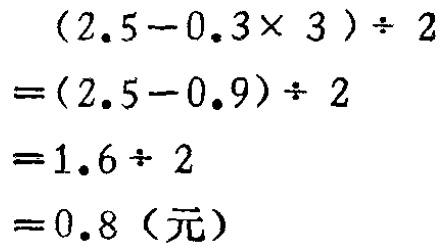
\[
\begin{align*}
&(2.5 - 0.3\times3)\div2\\
=&(2.5 - 0.9)\div2\\
=&1.6\div2\\
=&0.8（元）
\end{align*}
\]